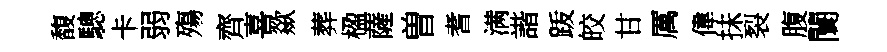
馥驄卡弱殤齊喜歘葬楹薩曽耆满諧䟦皎甘厲偉抺裂腹闤